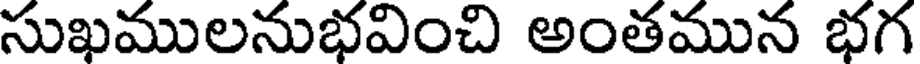
సుఖములనుభవించి అంతమున భగ